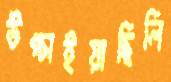
উপ্‌চাইয়াছিলি